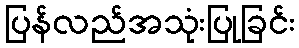
ပြန်လည်အသုံးပြုခြင်း